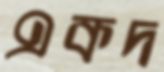
একদ